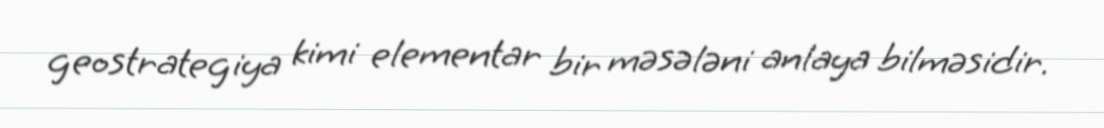
geostrategiya kimi elementar bir məsələni anlaya bilməsidir.